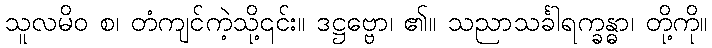
သူလမိဝ စ၊ တံကျင်ကဲ့သို့၎င်း။ ဒဋ္ဌဗ္ဗော၊ ၏။ သညာသင်္ခါရက္ခန္ဓာ၊ တို့ကို။